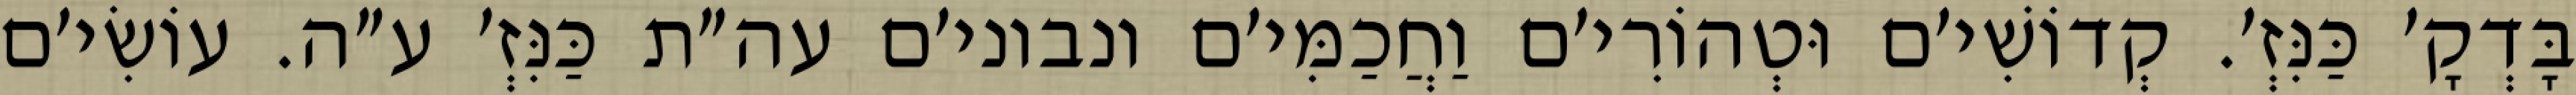
בָּדְקָ׳ כַּנִּזְ׳. קְדוֹשִׁי׳ם וּטְהוֹרִי׳ם וַחֲכַמִּי׳ם ונבוני׳ם עה״ת כַּנִּזְ׳ ע״ה. עוֹשִׂי׳ם